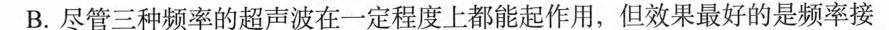
B.尽管三种频率的超声波在一定程度上都能起作用，但效果最好的是频率接